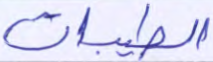
الطيبات